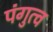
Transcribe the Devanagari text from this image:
पंगुत्व